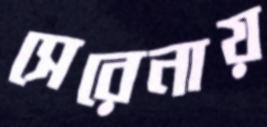
সেরেনায়